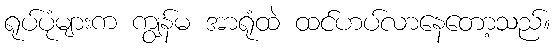
ရုပ်ပုံများက ကျွန်မ အာရုံထဲ ထင်ဟပ်လာနေတော့သည်။